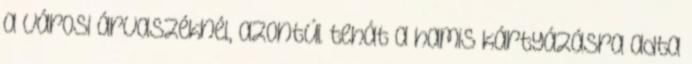
a városi árvaszéknél, azontúl tehát a hamis kártyázásra adta